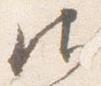
御